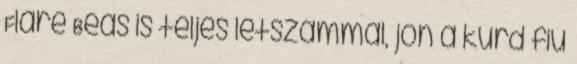
Fláre Beás is teljes létszámmal, jön a kurd fiú